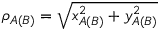
\rho _ { A ( B ) } = \sqrt { x _ { A ( B ) } ^ { 2 } + y _ { A ( B ) } ^ { 2 } }